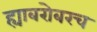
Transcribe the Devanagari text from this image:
ह्याबरोबरच